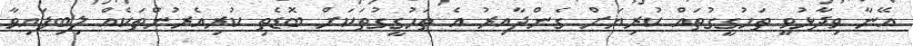
އޭނާ ވިދާޅުވީ ތަހުގީގުތައް ކުރިޔަށް ގެންދާއިރު އެ ތަހުގީގުތަކަށް ބޮޑެތި ކުރިއެރުންތަކެއް ލިބިފައިވާ